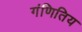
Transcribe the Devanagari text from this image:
गंणितिय